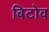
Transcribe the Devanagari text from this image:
बिटोव